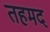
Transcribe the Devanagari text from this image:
तहमद